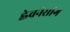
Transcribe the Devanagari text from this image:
ह्वेवनेसांग